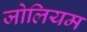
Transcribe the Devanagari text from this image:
जोलियम